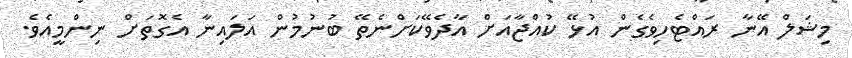
މިޝަލް އޭނާ ރައްޓެހިވެގެން އުޅޭ ކުއްޖާއަށް އާދެވޭކަށްނެތޭ ބުނުމުން އަލައިނާ އެގޮތަށް ނިންމީއެވެ.